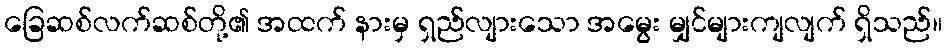
ခြေဆစ်လက်ဆစ်တို့၏ အထက် နားမှ ရှည်လျားသော အမွေး မျှင်များကျလျက် ရှိသည်။